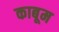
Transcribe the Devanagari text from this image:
काबूम